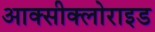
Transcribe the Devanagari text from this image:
आक्‍सीक्‍लोराइड